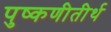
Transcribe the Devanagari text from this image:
पुष्कणीतीर्थ